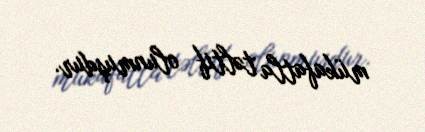
mükafatla təltif olunmuşdur.